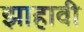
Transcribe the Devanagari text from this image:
झाहावी